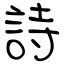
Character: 詩